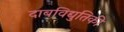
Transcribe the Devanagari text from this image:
दाबविद्युतिकी